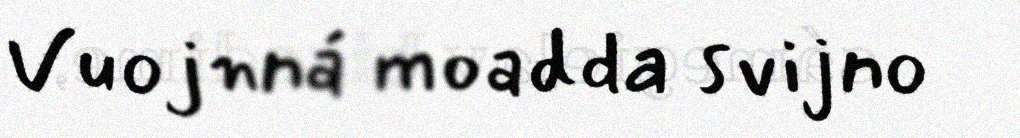
Vuojnná moadda svijno